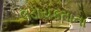
લડાયકતાના